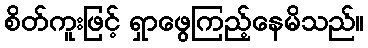
စိတ်ကူးဖြင့် ရှာဖွေကြည့်နေမိသည်။